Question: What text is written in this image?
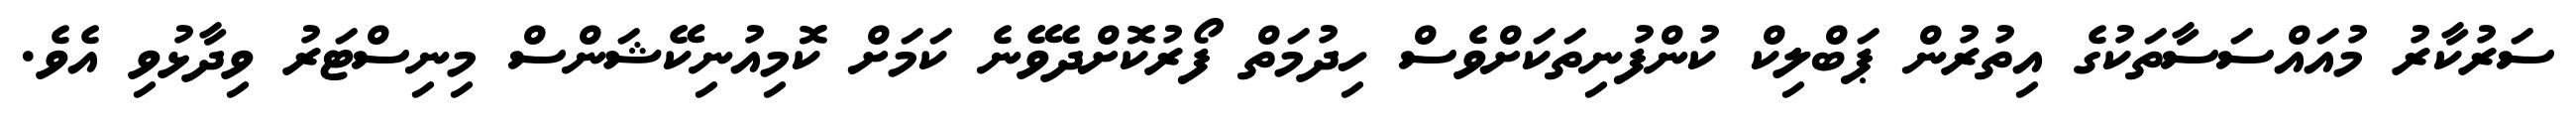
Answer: ސަރުކާރު މުއައްސަސާތަކުގެ އިތުރުން ޕަބްލިކް ކުންފުނިތަކަށްވެސް ހިދުމަތް ފޯރުކޮށްދެވޭނެ ކަމަށް ކޮމިއުނިކޭޝަންސް މިނިސްޓަރު ވިދާޅުވި އެވެ.